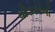
વોડકોનો